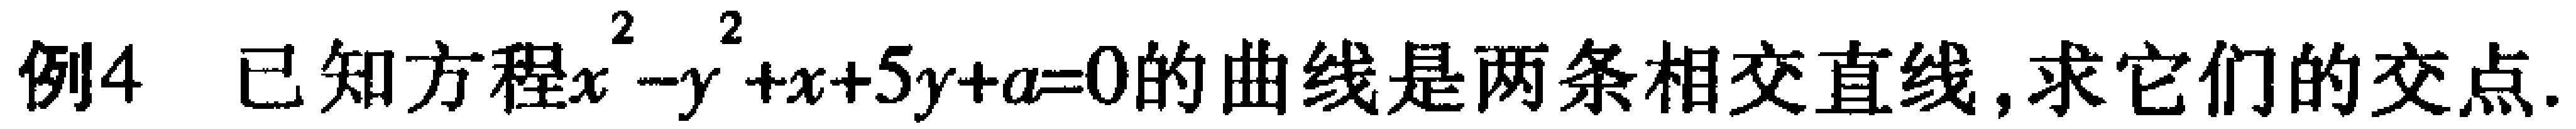
例4 已知方程\(x^{2}-y^{2}+x + 5y + a = 0\)的曲线是两条相交直线,求它们的交点.